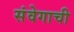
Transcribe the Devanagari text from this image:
संवेगाची